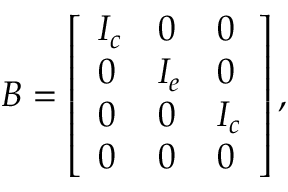
\boldsymbol { B } = \left[ \begin{array} { l l l } { \boldsymbol { I _ { c } } } & { \boldsymbol { 0 } } & { \boldsymbol { 0 } } \\ { \boldsymbol { 0 } } & { \boldsymbol { I _ { e } } } & { \boldsymbol { 0 } } \\ { \boldsymbol { 0 } } & { \boldsymbol { 0 } } & { \boldsymbol { I _ { c } } } \\ { \boldsymbol { 0 } } & { \boldsymbol { 0 } } & { \boldsymbol { 0 } } \end{array} \right] ,